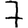
Digit: 7